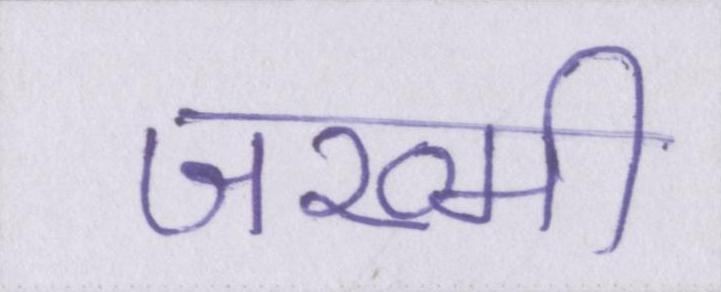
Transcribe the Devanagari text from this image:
जख्मी